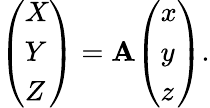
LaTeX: {\left(\begin{array}{l}{X}\\ {Y}\\ {Z}\end{array}\right)}=\mathbf{A}{\left(\begin{array}{l}{x}\\ {y}\\ {z}\end{array}\right)}.